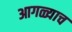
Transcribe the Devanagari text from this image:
आगळ्याच